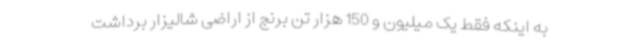
به اینکه فقط یک میلیون و 150 هزار تن برنج از اراضی شالیزار برداشت